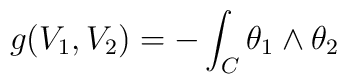
g(V_1,V_2) = - \int_C \theta_1 \wedge \theta_2